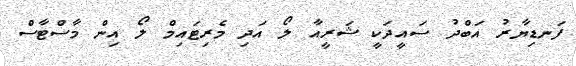
ފަނޑިޔާރު އަބްދު ސައީދަކީ ޝަރީއާ ލޯ އަދި މެރިޓައިމް ލޯ އިން މާސްޓާސް